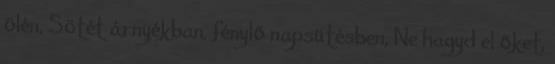
ölén, Sötét árnyékban, fénylő napsütésben, Ne hagyd el őket,